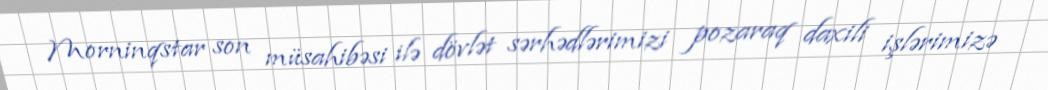
Morninqstar son müsahibəsi ilə dövlət sərhədlərimizi pozaraq daxili işlərimizə